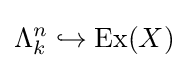
\Lambda _{k}^{n}\hookrightarrow \operatorname {Ex} (X)